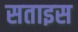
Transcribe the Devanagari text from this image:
सताइस